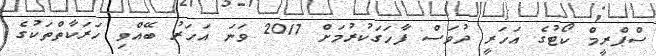
ސްޕްރީމް ކޯޓުގެ އަހަރީ ދުވަސް ފާހަގަކުރުމަށް 2017 ވަނަ އަހަރު ބޭއްވި ހަރަކާތްތަކުގެ